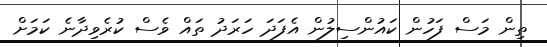
ތިން މަސް ފަހުން ކައުންސިލުން އެފަދަ ހަރަދު ތައް ވެސް ކުރެވިދާނެ ކަމަށް